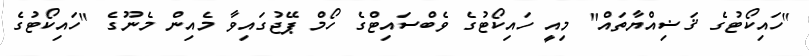
"ހައިކޯޓުގެ ޤަޟިއްޔާތައް" މިއީ ހައިކޯޓުގެ ވެބްސައިޓްގެ ހޯމް ޕޭޖުގައިވާ މެއިން މެނޫގެ "ހައިކޯޓުގެ